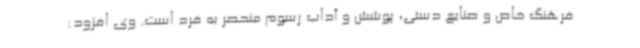
فرهنگ خاص و صنایع دستی، پوشش و آداب رسوم منحصر به فرد است. وی افزود: